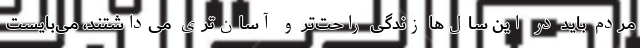
مردم باید در این سال‌ها زندگی راحت‌تر و آسان‌تری می‌داشتند، می‌بایست